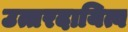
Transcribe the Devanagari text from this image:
उत्तरदायित्व